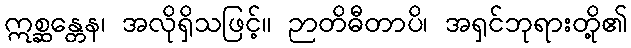
ဣစ္ဆန္တေန၊ အလိုရှိသဖြင့်။ ဉာတိဓီတာပိ၊ အရှင်ဘုရားတို့၏